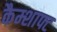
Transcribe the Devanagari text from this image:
कैम्शाफ्ट